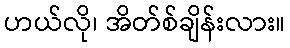
ဟယ်လို၊ အိတ်စ်ချိန်းလား။